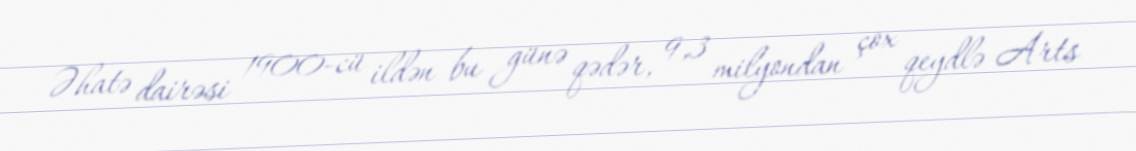
Əhatə dairəsi 1900-cü ildən bu günə qədər, 9,3 milyondan çox qeydlə Arts